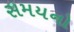
સમયનો